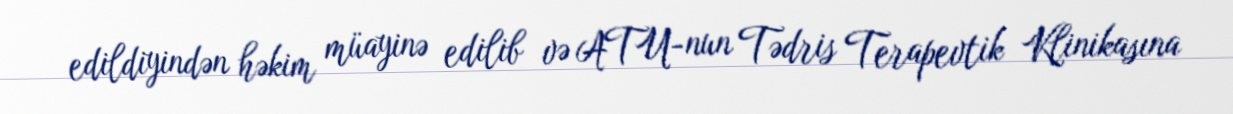
edildiyindən həkim müayinə edilib və ATU-nun Tədris Terapevtik Klinikasına